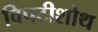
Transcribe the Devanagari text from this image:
विपटीशोथ